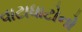
વાટાધાટોનો